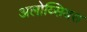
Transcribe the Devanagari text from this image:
अलोय्सियस